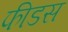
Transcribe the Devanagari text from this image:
फीडस